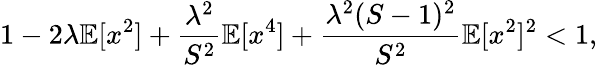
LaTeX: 1-2\lambda\mathbb{E}[x^{2}]+\frac{\lambda^{2}}{S^{2}}\mathbb{E}[x^{4}]+\frac{\lambda^{2}(S-1)^{2}}{S^{2}}\mathbb{E}[x^{2}]^{2}<1,